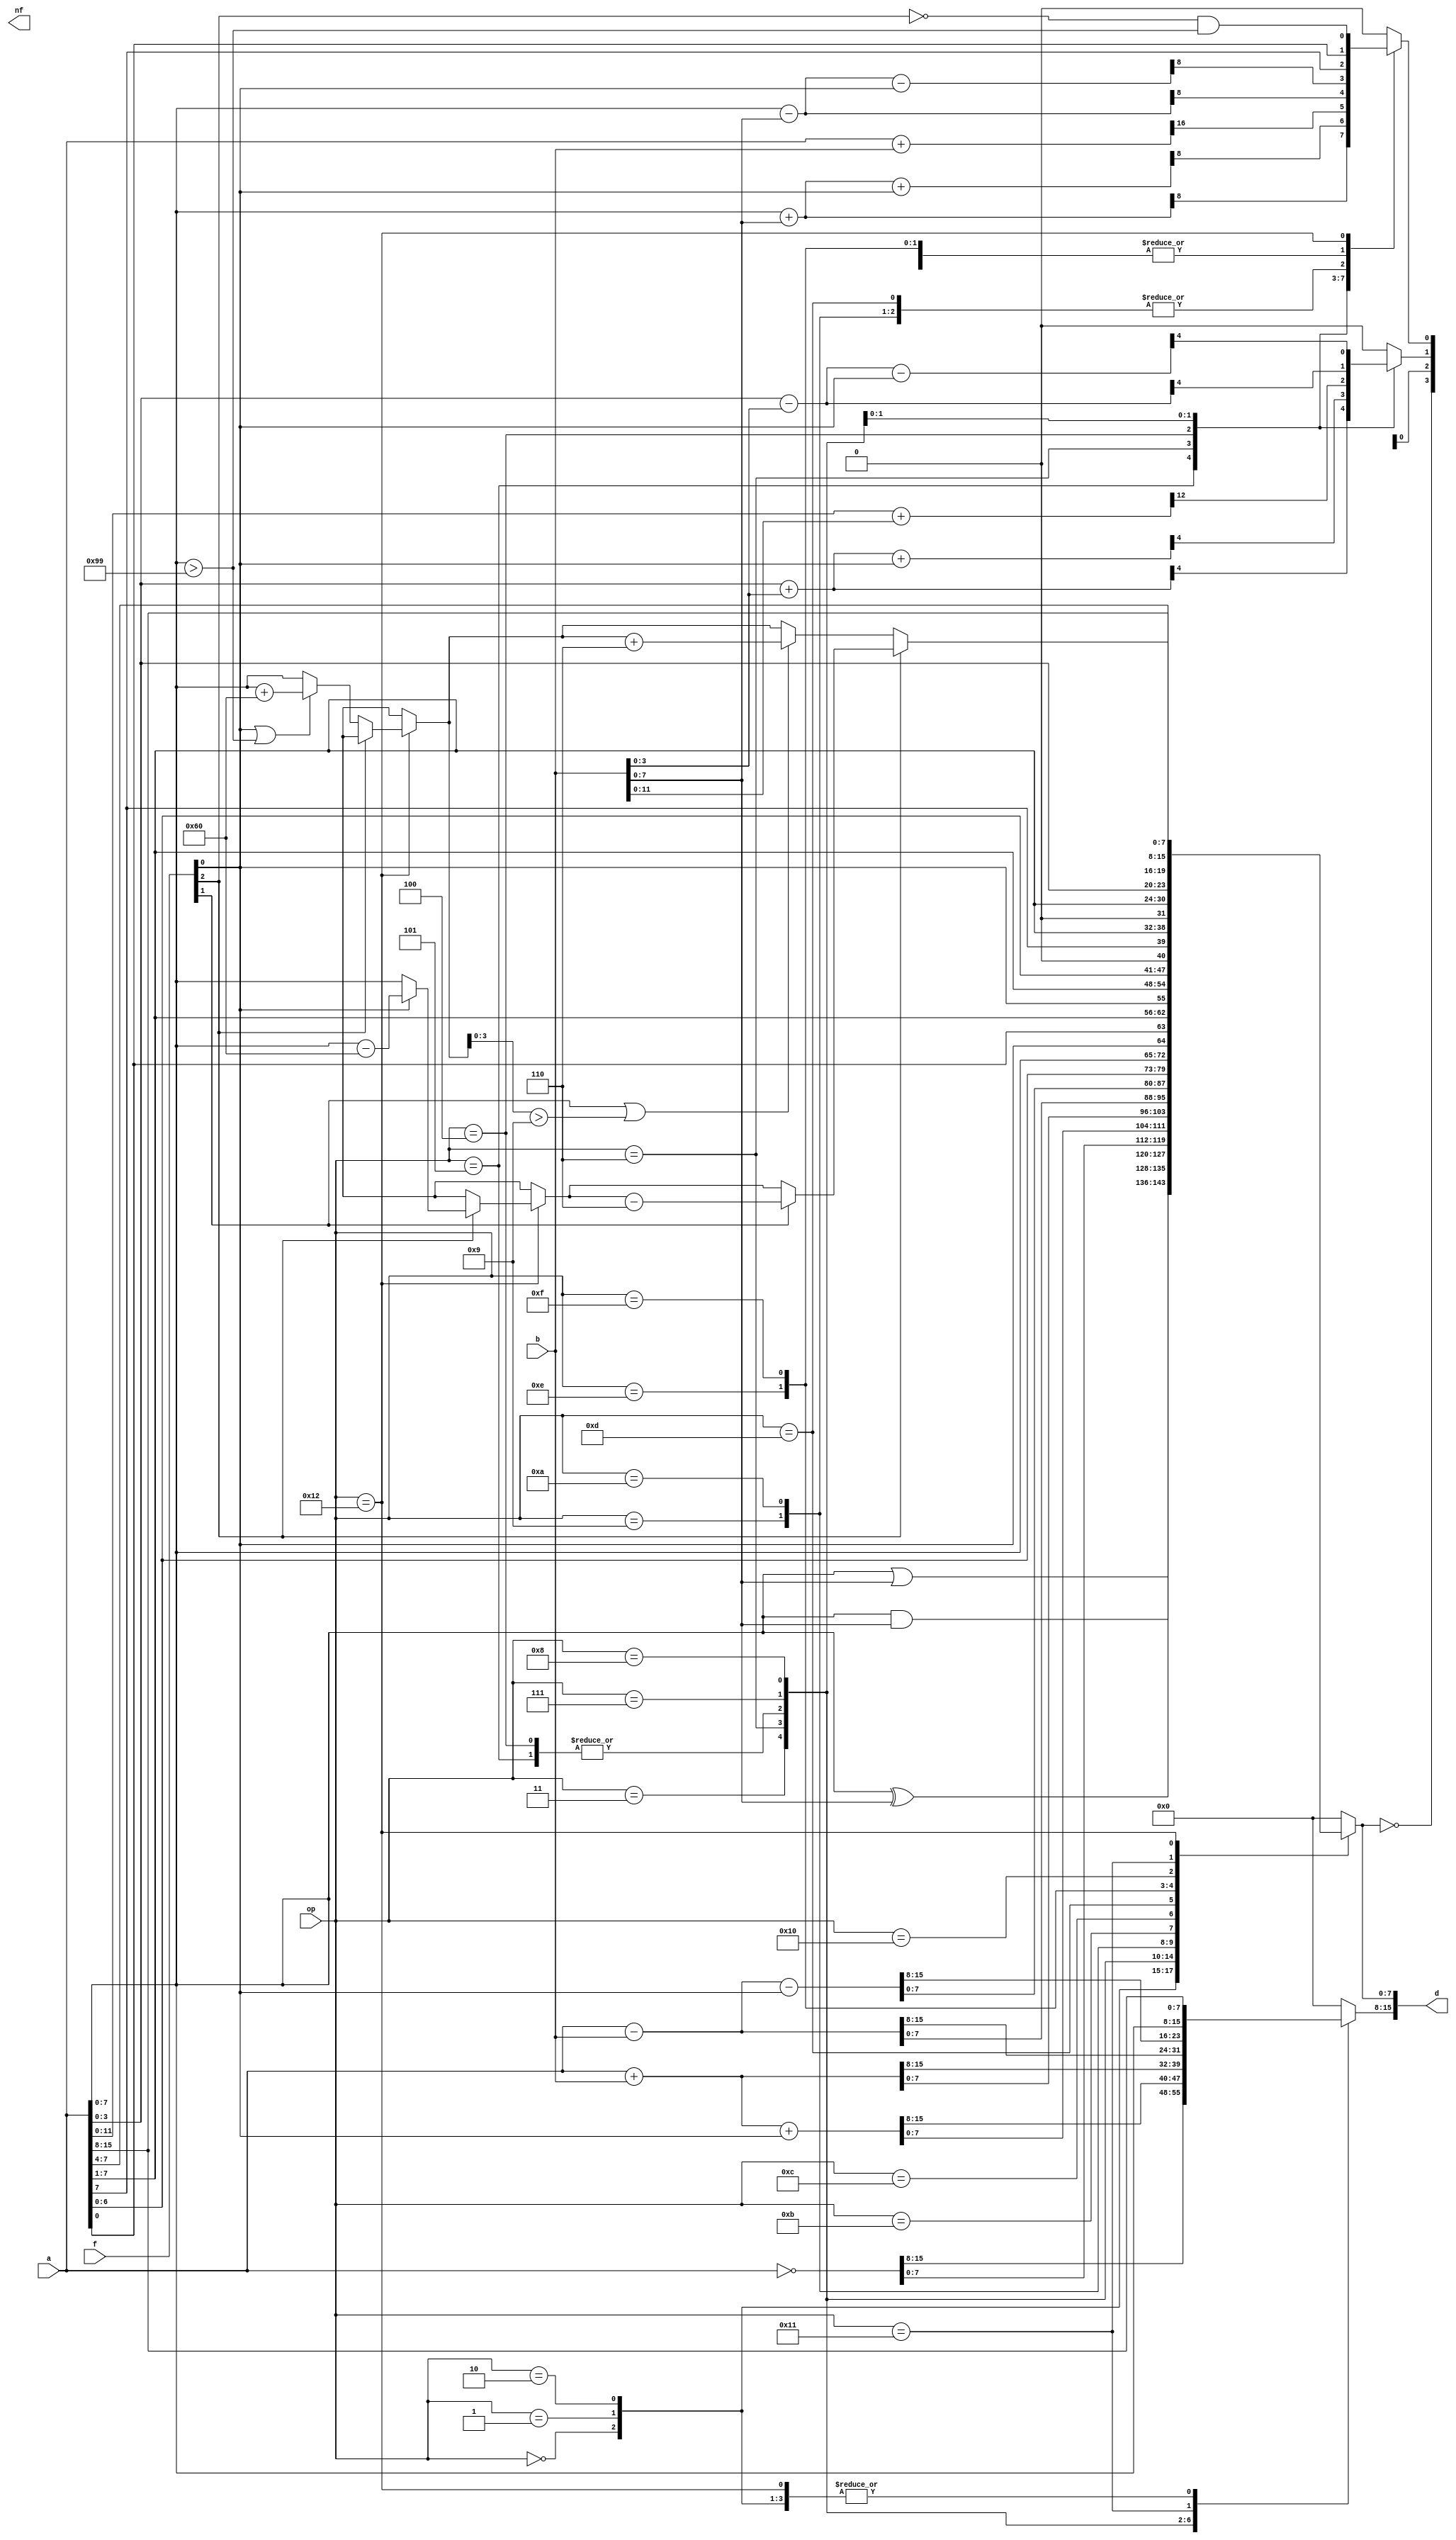
module z80_alu(d, op, a, b, f, nf);

input [4:0] op;
input [15:0] a;
input [15:0] b;
output reg [15:0] d;
input [3:0] f;
output [3:0] nf;

wire n = f[2];
wire h = f[1];
wire c = f[0];

assign nf = {nz, 1'bx, nh, nc};
wire nz = (d[7:0] == 0);
reg nh;
reg nc;


always @(*) begin
    case (op)
    OR:      d = {a[15:8], a[7:0] | b[7:0]};
    AND:     d = {a[15:8], a[7:0] & b[7:0]};
    XOR:     d = {a[15:8], a[7:0] ^ b[7:0]};
    CPL:     d = ~a;
     
    ADD:     d = a + b;
    ADC:     d = a + b + c;
    ADD2:    d = a + b;
    SUB:     d = a - b;
    SBC:     d = a - b - c;
                  
    RLC:     d = {8'h00, a[6:0], a[7]};
    RL:      d = {8'h00, a[6:0], c};
    RRC:     d = {8'h00, a[0], a[7:1]};
    RR:      d = {8'h00, c, a[7:1]};
    SLA:     d = {8'h00, a[6:0], 1'b0};
    SRA:     d = {8'h00, a[7], a[7:1]};
    SRL:     d = {8'h00, 1'b0, a[7:1]};
                  
    SWAP:    d = {8'h00, a[3:0], a[7:4]};
    SWAP2:   d = {a[7:0], a[15:8]};
    
    DAA: begin
        d = a;
    
        if (n) begin
            if (c) d[7:0] = d[7:0] - 8'h60;
            if (h) d[7:0] = d[7:0] - 8'h06;
        end else begin
            if (c || d[7:0] > 8'h99) d[7:0] = d[7:0] + 8'h60;
            if (h || d[3:0] > 8'h09) d[7:0] = d[7:0] + 8'h06;
        end
    end
    default: d = 0;
    endcase
end


reg [16:0] hspace;
reg [16:0] cspace;

always @(*) begin
    nh = 0;
    nc = 0;
    hspace = 0;
    cspace = 0;

    case (op)
    ADD:     begin hspace = ({1'b0, a[3:0]} + {1'b0, b[3:0]});      nh = hspace[4];
                   cspace = ({1'b0, a[7:0]} + {1'b0, b[7:0]});      nc = cspace[8];  end
    ADC:     begin hspace = ({1'b0, a[3:0]} + {1'b0, b[3:0]} + c);  nh = hspace[4];
                   cspace = ({1'b0, a[7:0]} + {1'b0, b[7:0]} + c);  nc = cspace[8];  end
    ADD2:    begin hspace = ({1'b0, a[11:0]} + {1'b0, b[11:0]});    nh = hspace[12];
                   cspace = ({1'b0, a[15:0]} + {1'b0, b[15:0]});    nc = cspace[16]; end
    SUB:     begin hspace = ({1'b0, a[3:0]} - {1'b0, b[3:0]});      nh = hspace[4];
                   cspace = ({1'b0, a[7:0]} - {1'b0, b[7:0]});      nc = cspace[8];  end
    SBC:     begin hspace = ({1'b0, a[3:0]} - {1'b0, b[3:0]} - c);  nh = hspace[4];
                   cspace = ({1'b0, a[7:0]} - {1'b0, b[7:0]} - c);  nc = cspace[8];  end
                  
    RLC:     nc = a[7];
    RL:      nc = a[7];
    RRC:     nc = a[0];
    RR:      nc = a[0];
    SLA:     nc = a[7];
    SRA:     nc = a[0];
    SRL:     nc = a[0];
    DAA:     nc = !n && a[7:0] > 8'h99;
    default: nc = 0;
    endcase
end


parameter OR        = 5'h00;
parameter AND       = 5'h01;
parameter XOR       = 5'h02;
parameter CPL       = 5'h03;
parameter ADD2      = 5'h04;
parameter ADD       = 5'h05;
parameter ADC       = 5'h06;
parameter SUB       = 5'h07;
parameter SBC       = 5'h08;
parameter RLC       = 5'h09;
parameter RL        = 5'h0a;
parameter RRC       = 5'h0b;
parameter RR        = 5'h0c;
parameter SLA       = 5'h0d;
parameter SRA       = 5'h0e;
parameter SRL       = 5'h0f;
parameter SWAP      = 5'h10;
parameter SWAP2     = 5'h11;
parameter DAA       = 5'h12;

endmodule